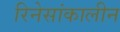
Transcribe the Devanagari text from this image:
रिनेसांकालीन